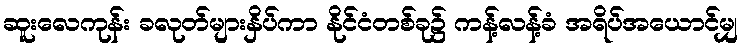
ဆူးလေကုန်း ခလုတ်များနှိပ်ကာ နိုင်ငံတစ်ခု၌ ကန့်လန့်ခံ အရိပ်အယောင်မျှ